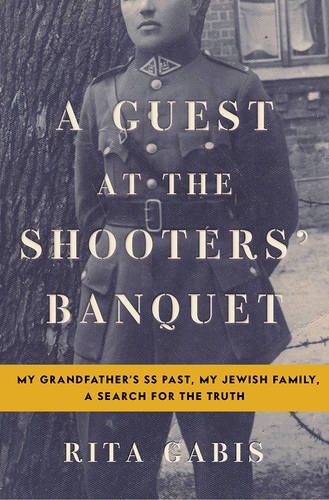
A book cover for A Guest at the Shooters' Banquet: My Grandfather's SS Past, My Jewish Family, A Search for the Truth; Rita Gabis; Biographies & Memoirs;